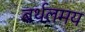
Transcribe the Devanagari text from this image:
बर्थलमय